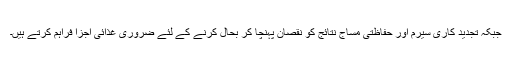
جبکہ تجدید کاری سیرم اور حفاظتی مساج نتائج کو نقصان پہنچا کر بحال کرنے کے لئے ضروری غذائی اجزا فراہم کرتے ہیں۔